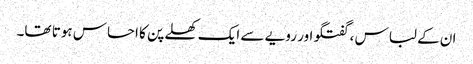
ان کے لباس ، گفتگو اور رویے سے ایک کھلے پن کا احساس ہوتا تھا۔